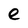
Character: e